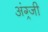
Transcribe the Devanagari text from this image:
अंग्र्जी